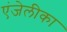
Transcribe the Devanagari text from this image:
एंजेलीका